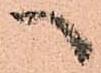
へ